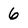
Character: 6